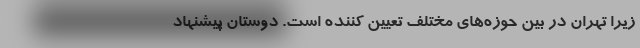
زیرا تهران در بین حوزه‌های مختلف تعیین کننده است. دوستان پیشنهاد